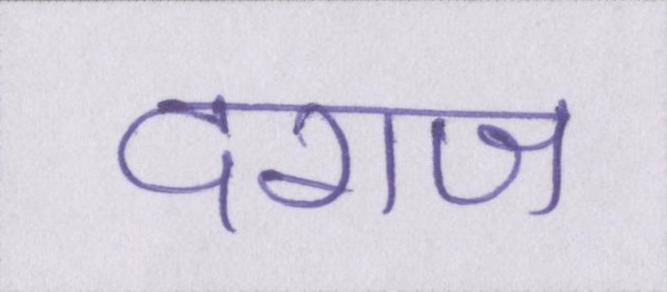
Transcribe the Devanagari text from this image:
दराज